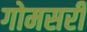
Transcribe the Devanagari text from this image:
गोमसरी